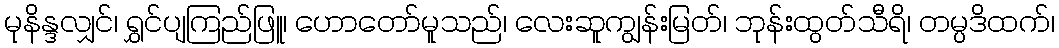
မုနိန္ဒလျှင်၊ ရွှင်ပျကြည်ဖြူ၊ ဟောတော်မူသည်၊ လေးဆူကျွန်းမြတ်၊ ဘုန်းထွတ်သီရိ၊ တမ္ပဒိထက်၊